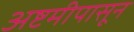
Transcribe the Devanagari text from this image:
अष्टमीपासून